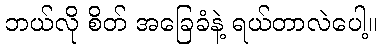
ဘယ်လို စိတ် အခြေခံနဲ့ ရယ်တာလဲပေါ့။